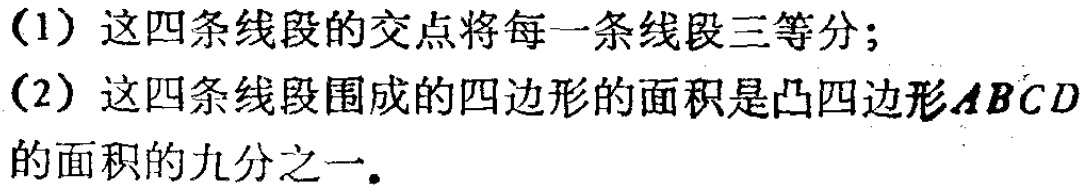
(1) 这四条线段的交点将每一条线段三等分；
(2) 这四条线段围成的四边形的面积是凸四边形\(ABCD\)的面积的九分之一.